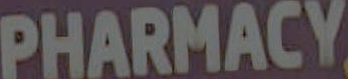
PHARMACY